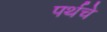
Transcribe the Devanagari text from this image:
पर्थचे